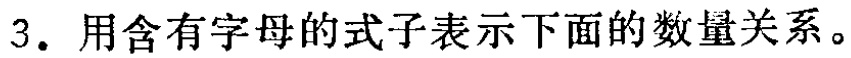
3. 用含有字母的式子表示下面的数量关系。